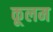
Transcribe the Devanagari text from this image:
कूलम